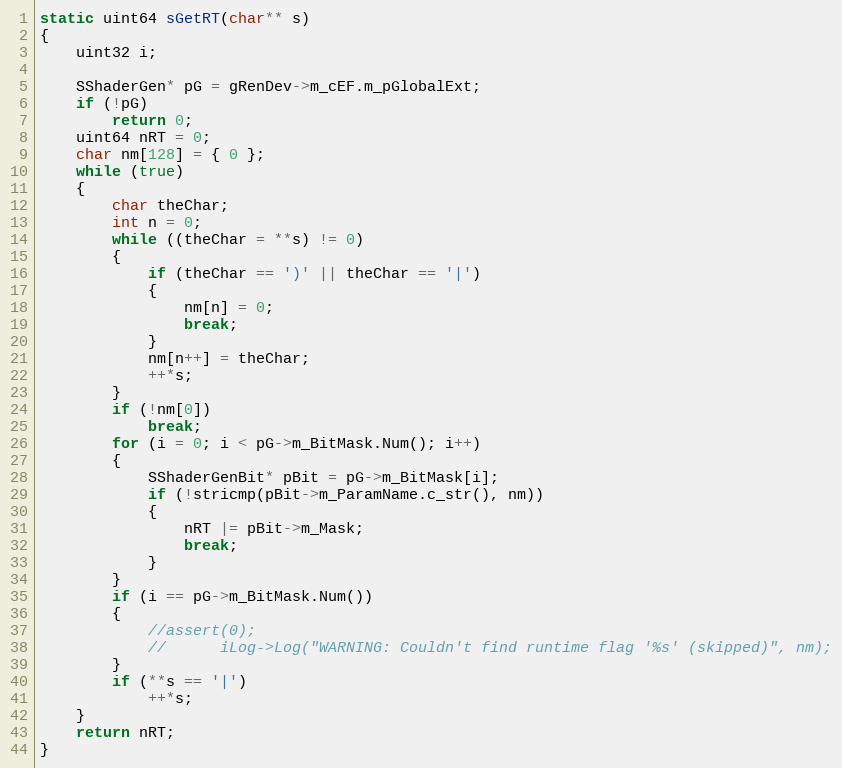
Language: C++
static uint64 sGetRT(char** s)
{
	uint32 i;

	SShaderGen* pG = gRenDev->m_cEF.m_pGlobalExt;
	if (!pG)
		return 0;
	uint64 nRT = 0;
	char nm[128] = { 0 };
	while (true)
	{
		char theChar;
		int n = 0;
		while ((theChar = **s) != 0)
		{
			if (theChar == ')' || theChar == '|')
			{
				nm[n] = 0;
				break;
			}
			nm[n++] = theChar;
			++*s;
		}
		if (!nm[0])
			break;
		for (i = 0; i < pG->m_BitMask.Num(); i++)
		{
			SShaderGenBit* pBit = pG->m_BitMask[i];
			if (!stricmp(pBit->m_ParamName.c_str(), nm))
			{
				nRT |= pBit->m_Mask;
				break;
			}
		}
		if (i == pG->m_BitMask.Num())
		{
			//assert(0);
			//      iLog->Log("WARNING: Couldn't find runtime flag '%s' (skipped)", nm);
		}
		if (**s == '|')
			++*s;
	}
	return nRT;
}